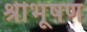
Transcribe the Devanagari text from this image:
श्रीभूषण